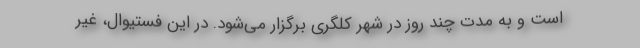
است و به مدت چند روز در شهر کلگری برگزار می‌شود. در این فستیوال، غیر